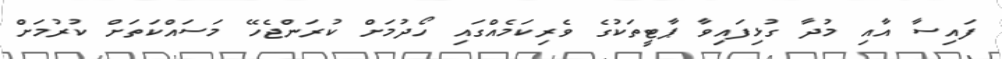
ފައިސާ އާއި މުދާ ގުޅިފައިވާ ޕާޓީތަކުގެ ވެރިކަމެއްގައި ހޯދުމަށް ކުރަންޖެހޭ މަސައްކަތަށް ކުރުމަށް